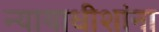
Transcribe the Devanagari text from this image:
न्यायाधीशांना